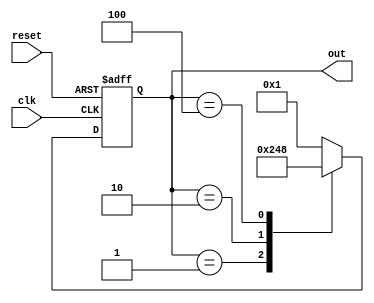
module ring_counter (
    input wire clk,      // Clock input
    input wire reset,    // Reset input
    output reg [3:0] out // 4-bit output representing the current state
);

// State encoding
localparam STATE_0 = 4'b0001; // FF0 = 1
localparam STATE_1 = 4'b0010; // FF1 = 1
localparam STATE_2 = 4'b0100; // FF2 = 1
localparam STATE_3 = 4'b1000; // FF3 = 1

// State transition logic
always @(posedge clk or posedge reset) begin
    if (reset) begin
        out <= STATE_0; // Initialize to State 0
    end else begin
        case (out)
            STATE_0: out <= STATE_1; // Transition from State 0 to State 1
            STATE_1: out <= STATE_2; // Transition from State 1 to State 2
            STATE_2: out <= STATE_3; // Transition from State 2 to State 3
            STATE_3: out <= STATE_0; // Transition from State 3 to State 0
            default: out <= STATE_0; // Default case (should not occur)
        endcase
    end
end

endmodule